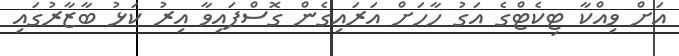
އަށް ވިއްކާ ޓިކެޓްގެ އަގު ހާހަށް އަރައިގެން ގޮސްފައިވާ އިރު ކަޅު ބާޒާރުގައި